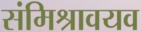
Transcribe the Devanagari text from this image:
संमिश्रावयव